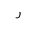
Letter: _ra